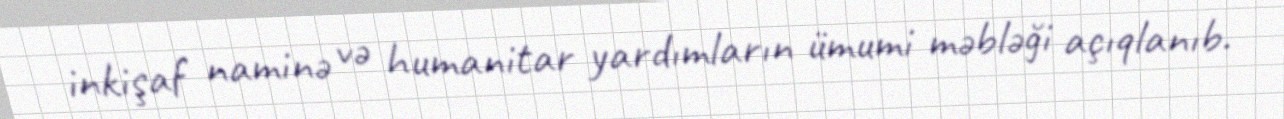
inkişaf naminə və humanitar yardımların ümumi məbləği açıqlanıb.